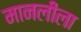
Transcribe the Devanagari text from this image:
मानलीला